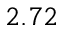
2 . 7 2